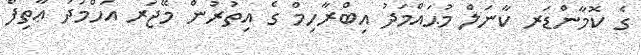
ގެ ކޮމާންޑަރ ކާނަލް މުޙައްމަދު އިބްރާހިމް ގެ އިތުރުން މޭޖަރ އަހްމަދު ޢާތިފް